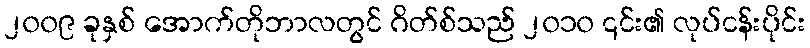
၂၀၀၉ ခုနှစ် အောက်တိုဘာလတွင် ဂိတ်စ်သည် ၂၀၁၀ ၎င်း၏ လုပ်ငန်းပိုင်း